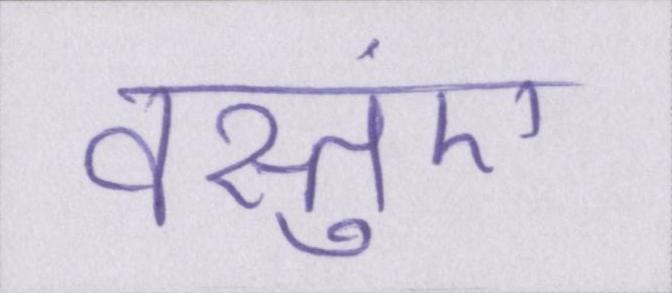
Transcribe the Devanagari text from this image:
वस्तुएं